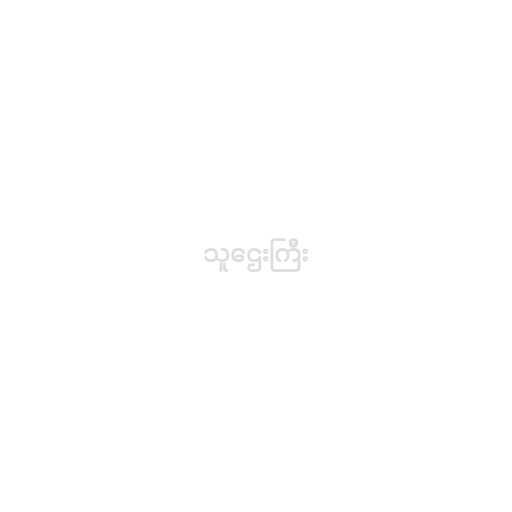
သူဌေးကြီး